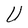
Character: U